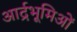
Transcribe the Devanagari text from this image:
आर्द्रभूमिओं